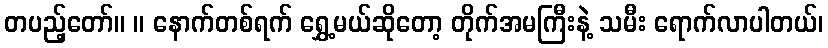
တပည့်တော်။ ။ နောက်တစ်ရက် ရွှေ့မယ်ဆိုတော့ တိုက်အမကြီးနဲ့ သမီး ရောက်လာပါတယ်၊